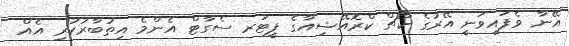
އޭނާ ވެފައިވަނީ އޭރުގެ ކޯޗް ކްރޮއޭޝިއާގެ ޕީޓަރ ސެގާޓް އެންމެ އިތުބާރުކުރި އެއް